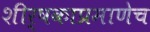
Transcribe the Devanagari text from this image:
शीर्षकाप्रमाणेच